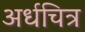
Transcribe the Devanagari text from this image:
अर्धचित्र